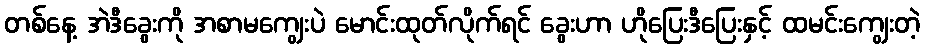
တစ်နေ့ အဲဒီခွေးကို အစာမကျွေးပဲ မောင်းထုတ်လိုက်ရင် ခွေးဟာ ဟိုပြေးဒီပြေးနှင့် ထမင်းကျွေးတဲ့